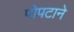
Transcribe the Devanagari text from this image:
पोपटाने